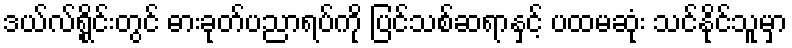
ဒယ်လ်ရွိုင်းတွင် ဓားခုတ်ပညာရပ်ကို ပြင်သစ်ဆရာနှင့် ပထမဆုံး သင်နိုင်သူမှာ